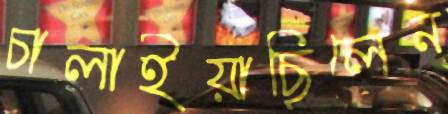
চালাইয়াছিলেন